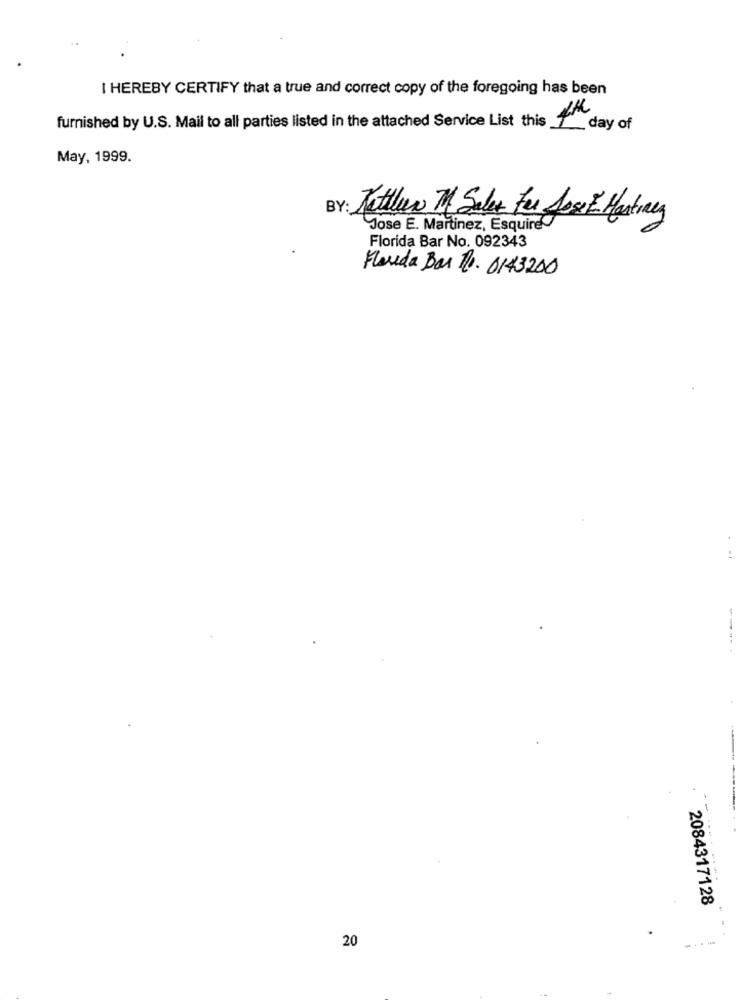
I HEREBY CERTIFY that a true and correct copy of the foregoing has been
furnished by U.S. Mail to all parties listed in the attached Service List this day of
May, 1999.
BY: Retlen M Sales For Jose Martinez
Jose E. Martinez, Esquire
Florida Bar No. 092343
Flauda Bar R. 0143200
-
2084317128
20